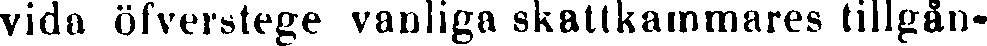
vida öfverstege vanliga skattkammares tillgån-